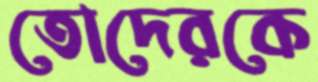
তোদেরকে